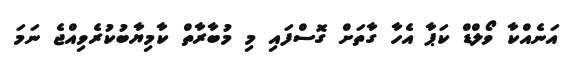
އަނެއްކާ ވޯލްޑް ކަޕާ އެހާ ގާތަށް ގޮސްފައި މި މުބާރާތް ކާމިޔާބުކުރެވިއްޖެ ނަމަ